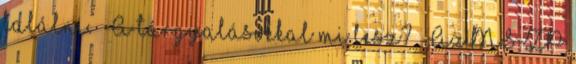
találni. – A tárgyalásokkal mi lesz? – Az MSZP